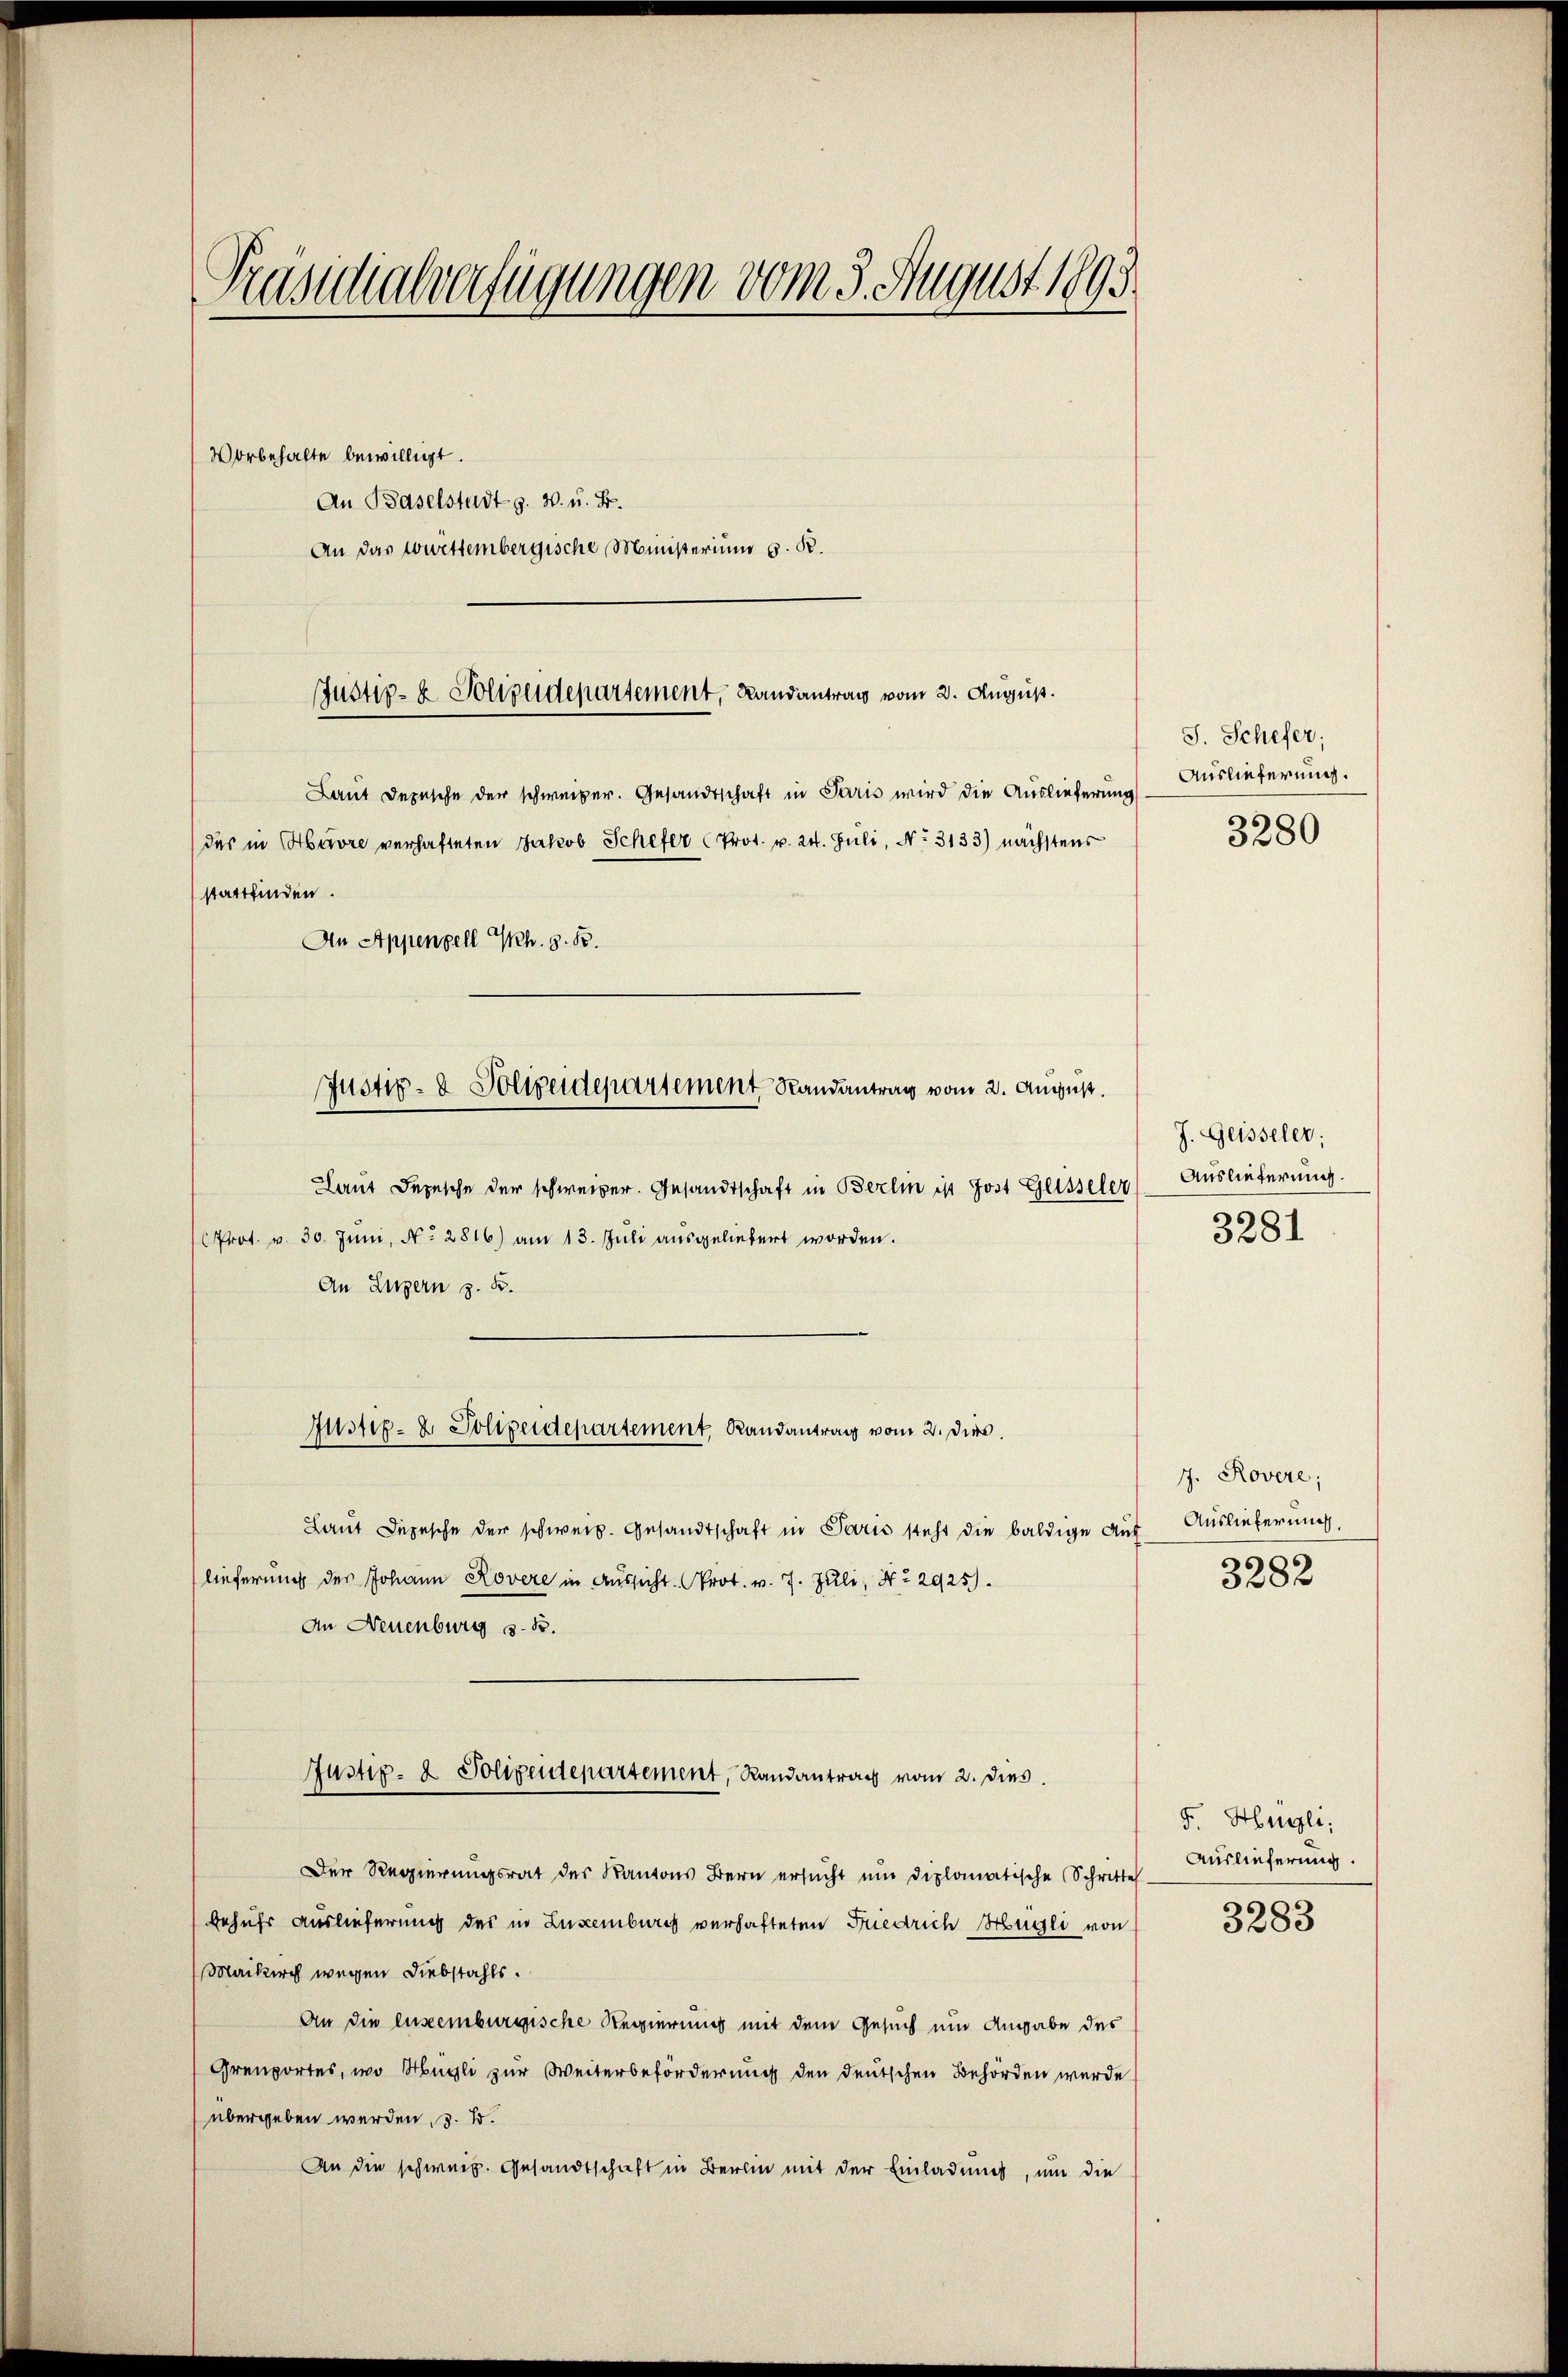
Präsidialverfügungen vom 3. August 1893.

Vorbehalte bewilligt.
An Baselstadt z. W. u. B.
An das württembergische Ministerium 6. K.

Justiz- & Polizeidepartement, Landantrag vom 2. August.

Laut Depesche der schweiber. Gesandtschaft in Paris wird die Auslieferung
stattfinden.
An Appenzell Ph. 3. Fr.

des in Havre verhafteten Jakob Schefer (Prot. v. 24. Juli, No. 3133) nächstens

Justiz- & Polizeidepartement Randantrag vom 2. August.

Justiz- & Polizeidepartement Randantrag vom 2. Dies.

Laut Depesche der schweizer. Gesandtschaft in Berlin ist Jost Geisseler
Prot. v. 30. Juni, No. 2816) am 13. Jŭli ausgeliebert worden.
An Luzern z. B.
Laut Depesche der schweiz. Gesandtschaft in Paris steht die baldige Auf
lieferung des Johann Rovere in Aussicht. Prot. v. 7. Juli, No 2925).
An Neuenburg z. B.
Justiz- & Polizeidepartement, Randantrag vom 2. dies
Der Regierŭngsrat des Kantons Bern ersŭcht ŭm diplomatische Schritte Auslieferŭng.
behufs Auslieferung des in Luxenburg verhafteten Friedrich Hügli von
Maikirch wegen Diebstahls.
An die ensemburgische Regierung mit dem Gesuch und Angabe des
Grenportes, wo Hügli zur Weiterbeförderung den deutschen Behörden werde
übergeben werden, z. B.
An die schweiz. Gesandtschaft in Bern mit der Einladung, um die

J. Schifer;
Auslieferung.
3280

J. Geisseler;
Auslieferung.
3281

7. Rovere;
Auslieferung.
3282

F. Heggli,

3283